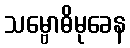
သမ္ဗောဓိမုခေန